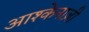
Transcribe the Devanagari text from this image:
आश्केनाज़ी